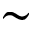
\sim